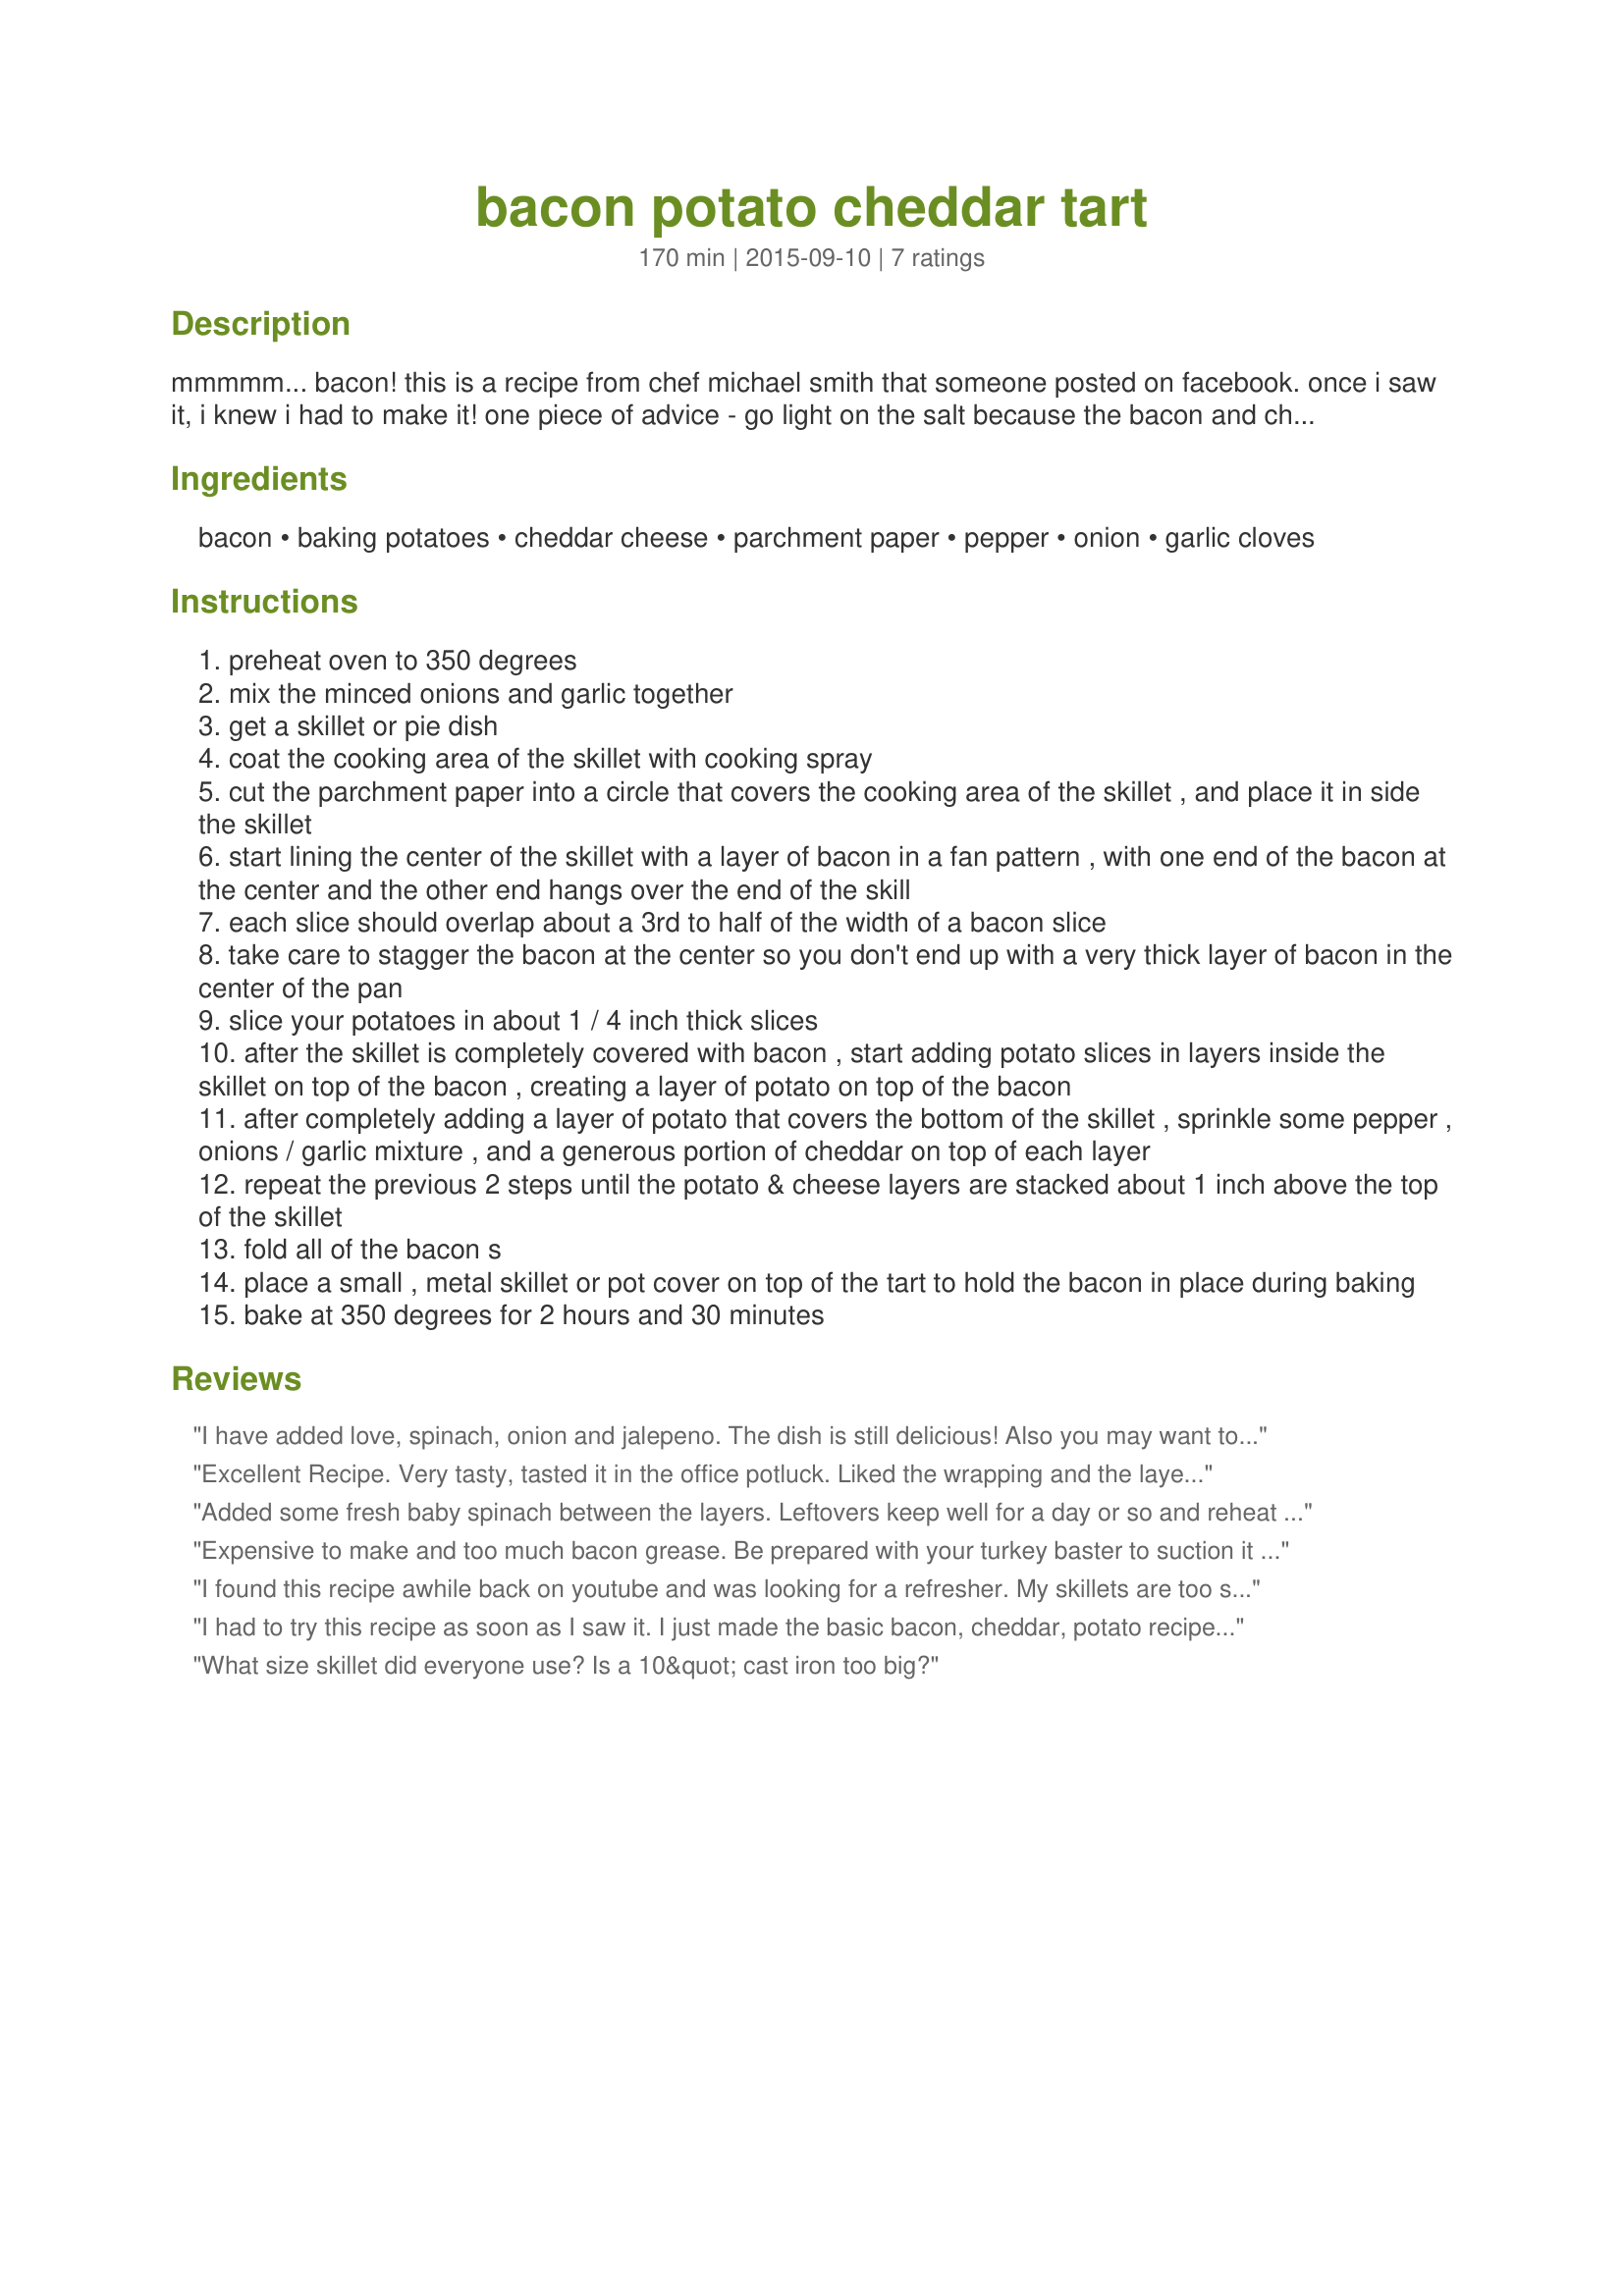
bacon potato cheddar tart
Preparation time: 170 minutes

mmmmm... bacon! this is a recipe from chef michael smith that someone posted on facebook. once i saw it, i knew i had to make it! one piece of advice - go light on the salt because the bacon and cheddar both have plenty.

Ingredients:
bacon, baking potatoes, cheddar cheese, parchment paper, pepper, onion, garlic cloves

Steps:
preheat oven to 350 degrees
mix the minced onions and garlic together
get a skillet or pie dish
coat the cooking area of the skillet with cooking spray
cut the parchment paper into a circle that covers the cooking area of the skillet , and place it in side the skillet
start lining the center of the skillet with a layer of bacon in a fan pattern , with one end of the bacon at the center and the other end hangs over the end of the skill
each slice should overlap about a 3rd to half of the width of a bacon slice
take care to stagger the bacon at the center so you don't end up with a very thick layer of bacon in the center of the pan
slice your potatoes in about 1 / 4 inch thick slices
after the skillet is completely covered with bacon , start adding potato slices in layers inside the skillet on top of the bacon , creating a layer of potato on top of the bacon
after completely adding a layer of potato that covers the bottom of the skillet , sprinkle some pepper , onions / garlic mixture , and a generous portion of cheddar on top of each layer
repeat the previous 2 steps until the potato & cheese layers are stacked about 1 inch above the top of the skillet
fold all of the bacon s
place a small , metal skillet or pot cover on top of the tart to hold the bacon in place during baking
bake at 350 degrees for 2 hours and 30 minutes

Reviews:
I have added love, spinach, onion and jalepeno. The dish is still delicious! Also you may want to consider thinly slicing small white and red potatoes. While it may take a little time with out special tool, at 400-450 it takes an hour!
Excellent Recipe. Very tasty, tasted it in the office potluck. Liked the wrapping and the layers of potato slices.
Added some fresh baby spinach between the layers. Leftovers keep well for a day or so and reheat ok in microwave. Great company brunch dish.
Expensive to make and too much bacon grease. Be prepared with your turkey baster to suction it out or your oven will become a disaster. The flavor is good, however and my son said it makes a terrific breakfast burrito filling. If you like bacon grease-laden potatoes, this is a recipe for you. I won&#039;t make it again.
I found this recipe awhile back on youtube and was looking for a refresher. My skillets are too small or too big so I use a glass pie pan. I won't buy a new pan for something I make once in awhile. It turns out great. My family calls it bacon pie....lol.
I had to try this recipe as soon as I saw it. I just made the basic bacon, cheddar, potato recipe. We loved it. I will make this for special occasions, holidays. Can't get enough of this and I can now add more to this recipe to our liking.
What size skillet did everyone use? Is a 10&quot; cast iron too big?
